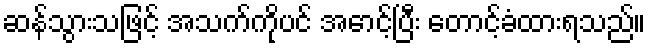
ဆန်သွားသဖြင့် အသက်ကိုပင် အောင့်ပြီး တောင့်ခံထားရသည်။